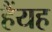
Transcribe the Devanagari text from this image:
हैंयह